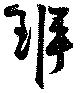
班